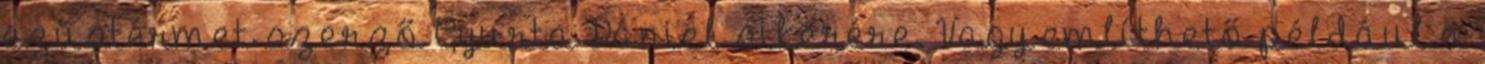
ezüstérmet szerző Gyurta Dániel sikerére. Vagy említhető például a